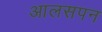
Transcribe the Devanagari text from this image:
आलसपन